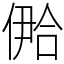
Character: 鿘